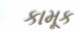
કામૂક